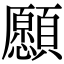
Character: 𩕮